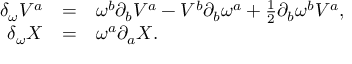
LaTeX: \begin{array} { r c l } { { \delta _ { \omega } V ^ { a } } } & { { = } } & { { \omega ^ { b } \partial _ { b } V ^ { a } - V ^ { b } \partial _ { b } \omega ^ { a } + { \textstyle { \frac { 1 } { 2 } } } \partial _ { b } \omega ^ { b } V ^ { a } , } } \\ { { \delta _ { \omega } X } } & { { = } } & { { \omega ^ { a } \partial _ { a } X . } } \end{array}